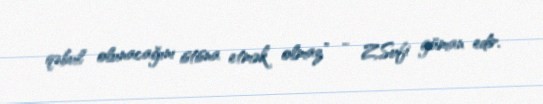
qəbul olunacağını istisna etmək olmaz” - Z.Sufi güman edir.